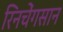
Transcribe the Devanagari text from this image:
रिनचेंगसान